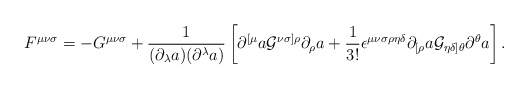
\begin{align*}F^{{\mu}{\nu}{\sigma}}=-G^{{\mu}{\nu}{\sigma}}+\frac{1}{({\partial}_{\lambda}a)({\partial}^{\lambda}a)}\left[{\partial}^{[{\mu}}a{\cal G}^{{\nu}{\sigma}]{\rho}}{\partial}_{\rho}a+\frac{1}{3!}{\epsilon}^{{\mu}{\nu}{\sigma}{\rho}{\eta}{\delta}}{\partial}_{[{\rho}}a{\cal G}_{{\eta}{\delta}]{\theta}}{\partial}^{\theta}a\right].\end{align*}